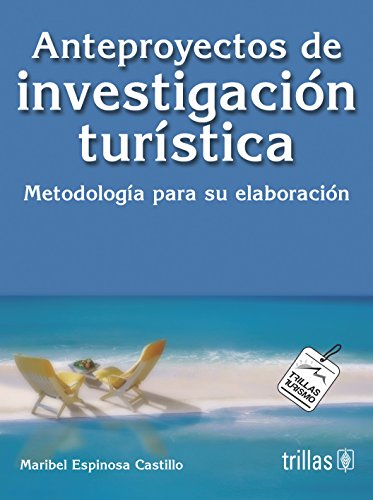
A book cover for Anteproyectos De Investigacion Turistica: Methodologia Para Su Elaboracion (Spanish Edition); Maribel Espinosa Castillo; Business & Money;